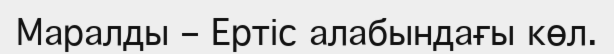
Маралды – Ертіс алабындағы көл.